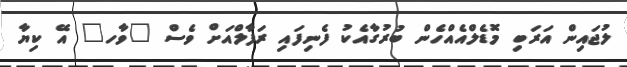
ލުޖައިން އަރަބި މޮޑެލްއެއްހެން ބުރުގާއެކު ފެނިފައި ރަފާލްއަށް ވެސް "ވާހ" އޭ ކިޔާ